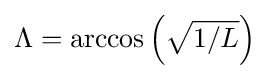
\Lambda =\arccos \left({\sqrt {1/L}}\right)